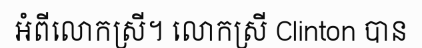
អំពីលោកស្រី។ លោកស្រី Clinton បាន